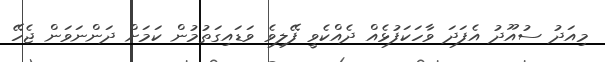
މިއަދު ސުއޫދު އެފަދަ ވާހަކަފުޅެއް ދެއްކެވީ ފޭލިވެ ވަޑައިގަތުމުން ކަމަށް ދަންނަވަން ޖެހޭ